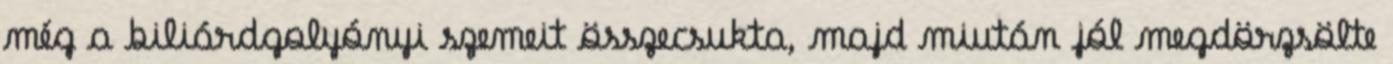
még a biliárdgolyónyi szemeit összecsukta, majd miután jól megdörzsölte